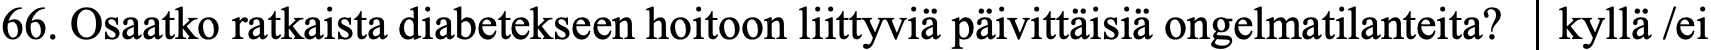
66. Osaatko ratkaista diabetekseen hoitoon liittyviä päivittäisiä ongelmatilanteita? kyllä /ei